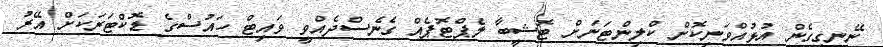
ނޭނގިގެން އުޅުއްވަނިކޮށް ކްލިންޓަނަށް ޓޮޝީބާ ލެޕްޓޮޕެއް ގެނެސްދެއްވީ ވައިޓް ހައުސްގެ ޑޮކްޓަރަކަށް އޭރު